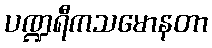
ပဏ္ဍရီကသမောနတာ